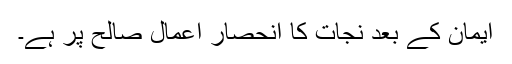
ایمان کے بعد نجات کا انحصار اعمالِ صالح پر ہے۔